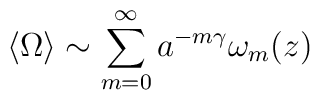
\langle \Omega \rangle \sim \sum_{m=0}^{\infty} a^{-m \gamma} \omega_{m}(z)